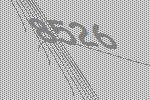
8526